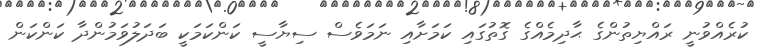
ކުރެއްވުނީ ރައްޔިތުންގެ ޙާދިމެއްގެ ގޮތުގައި ކަމަށާއި ނަމަވެސް ސިޔާސީ ކަންކަމަކީ ބަދަލުވަމުންދާ ކަންކަން